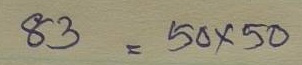
83 = 50x50